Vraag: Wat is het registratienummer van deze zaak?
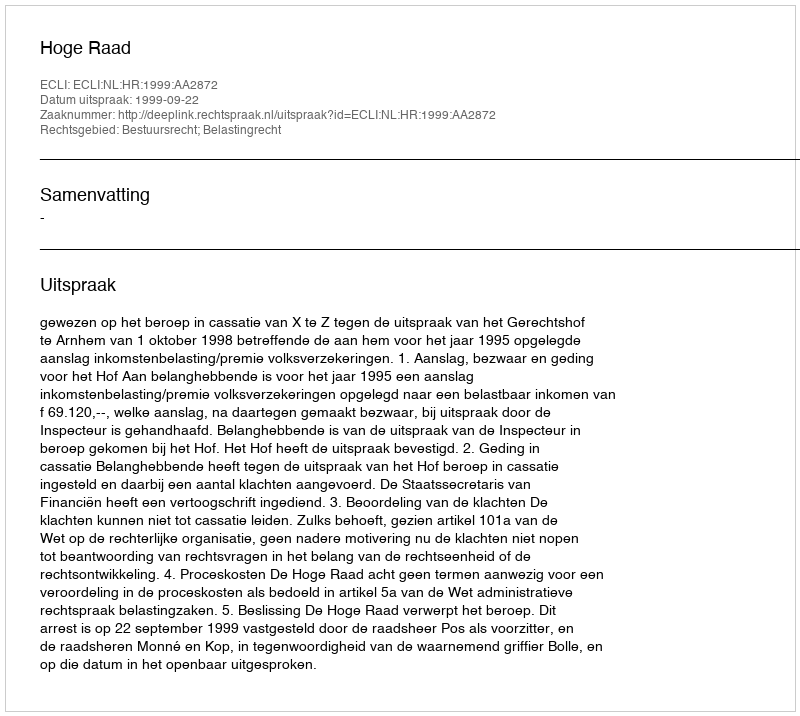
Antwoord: http://deeplink.rechtspraak.nl/uitspraak?id=ECLI:NL:HR:1999:AA2872